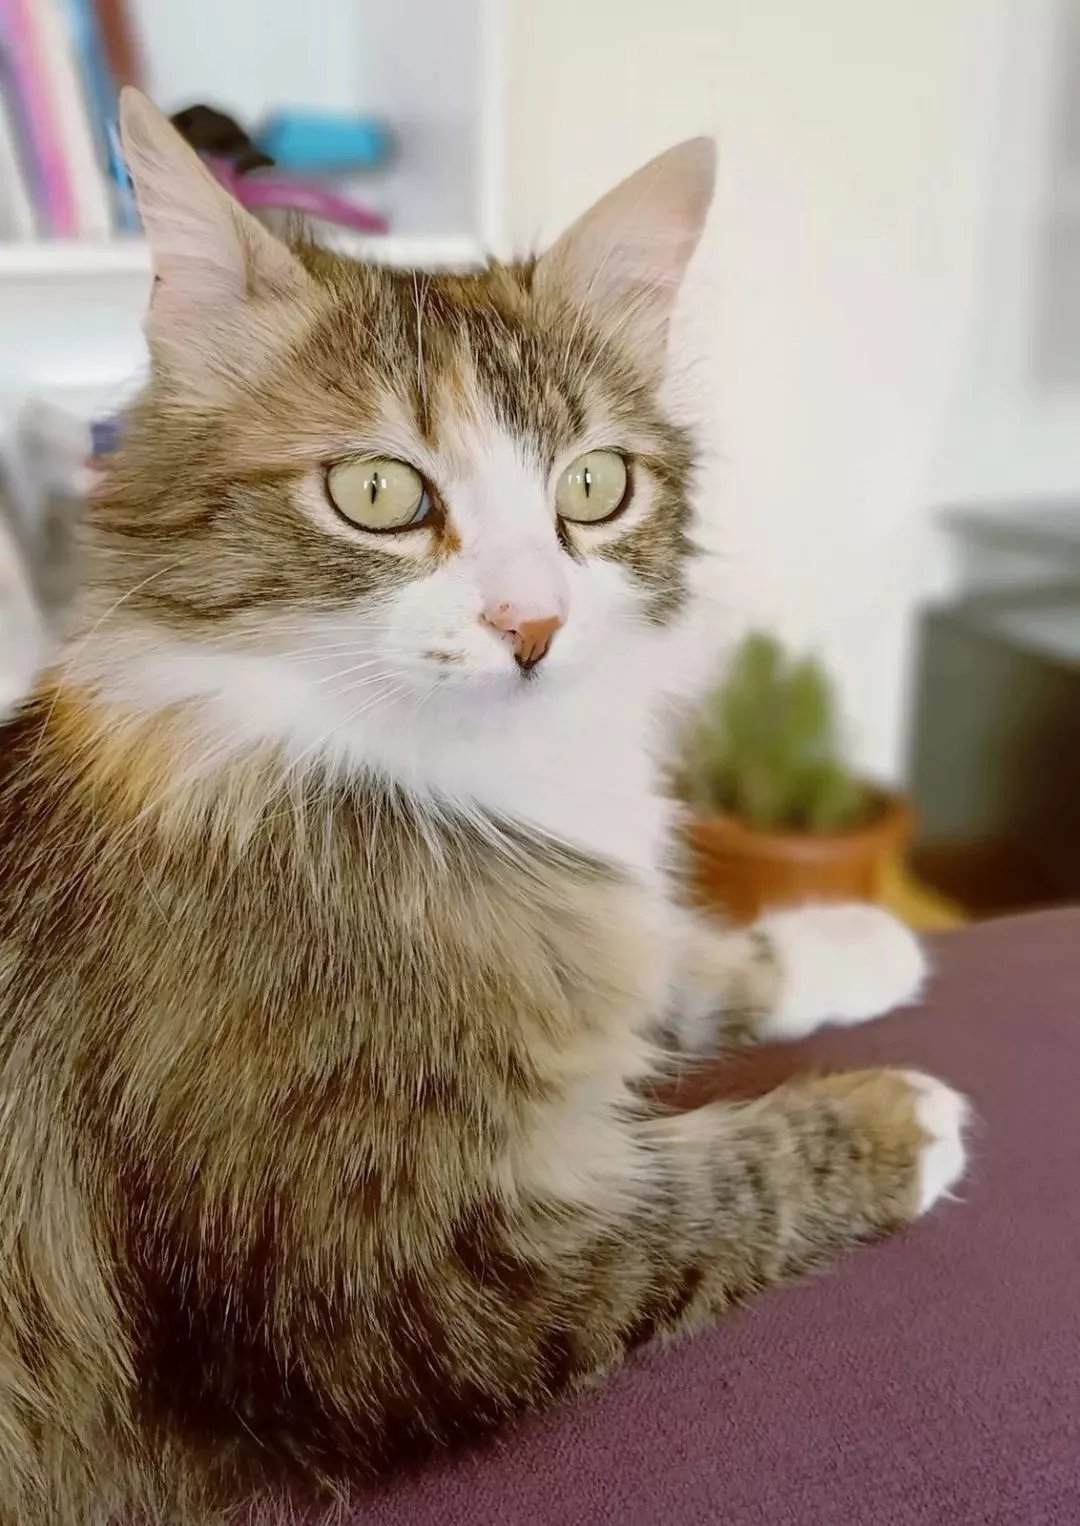
知彼知己者，百战不殆不知彼而知己，一胜一负，不知彼，不知己，每战必殆。